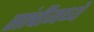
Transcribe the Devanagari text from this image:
सांचीमध्ये